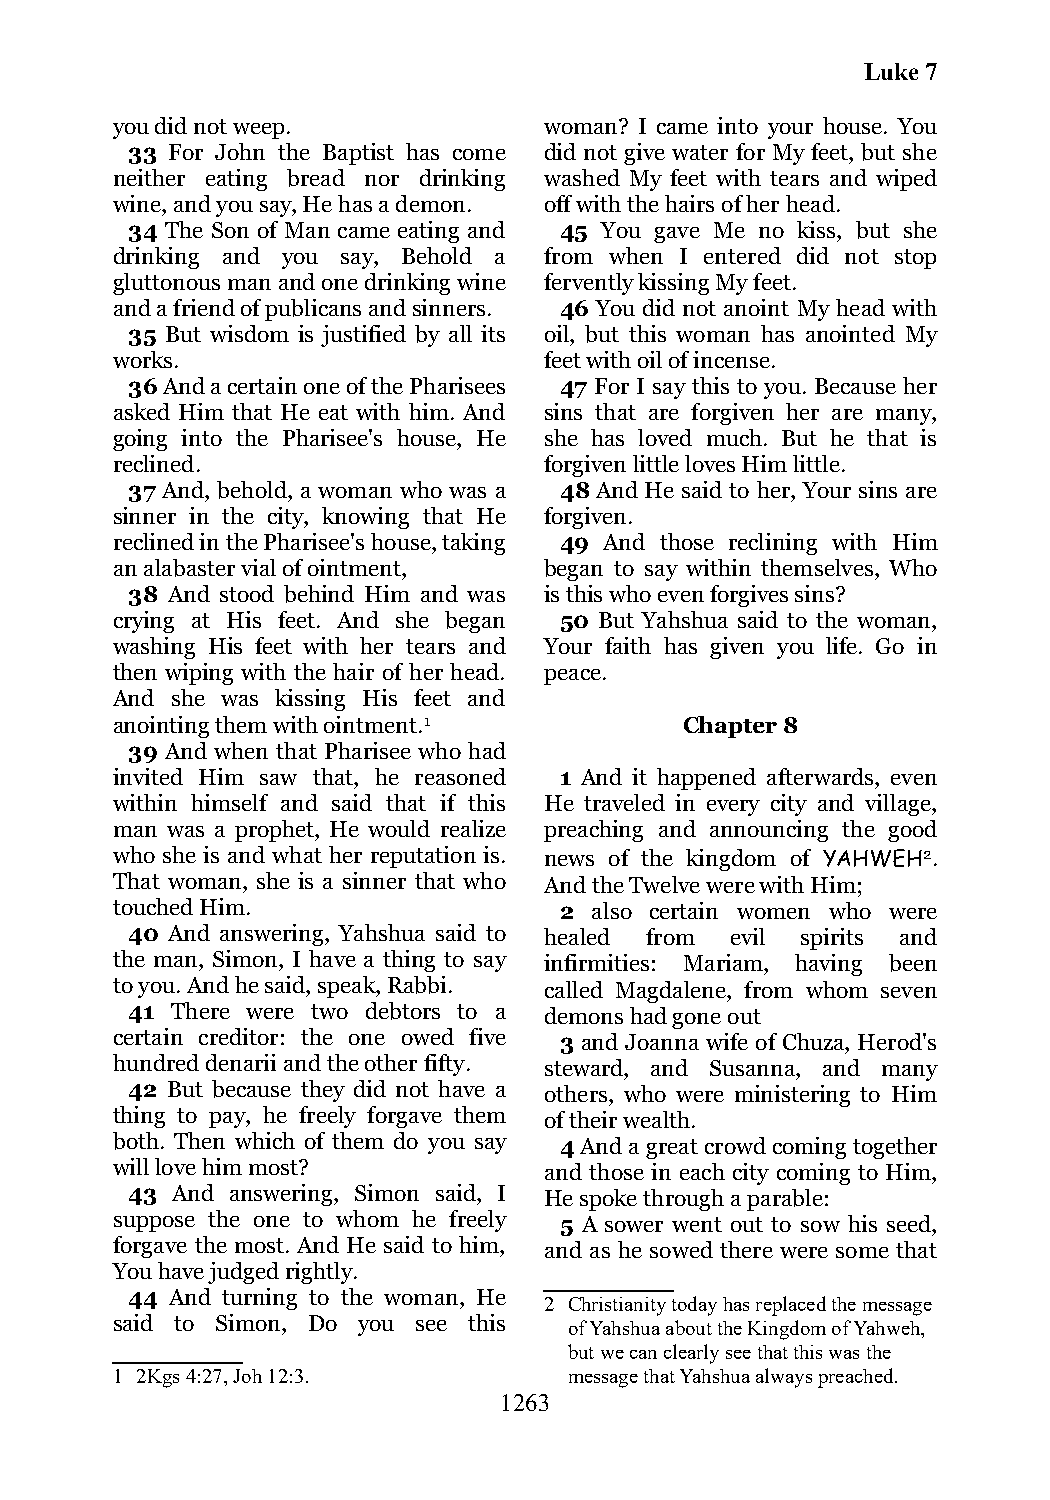
Luke 7
 you did not weep.            woman? I came into your house. You
 33 For John the Baptist has come did not give water for My feet, but she
 neither eating bread nor drinking washed My feet with tears and wiped
 wine, and you say, He has a demon. off with the hairs of her head.
 34 The Son of Man came eating and 45 You gave Me no kiss, but she
 drinking and you say, Behold a from when I entered did not stop
 gluttonous man and one drinking wine fervently kissing My feet.
 and a friend of publicans and sinners. 46 You did not anoint My head with
 35 But wisdom is justified by all its oil, but this woman has anointed My
 works.                       feet with oil of incense.
 36 And a certain one of the Pharisees 47 For I say this to you. Because her
 asked Him that He eat with him. And sins that are forgiven her are many,
 going into the Pharisee's house, He she has loved much. But he that is
 reclined.                    forgiven little loves Him little.
 37 And, behold, a woman who was a 48 And He said to her, Your sins are
 sinner in the city, knowing that He forgiven.
 reclined in the Pharisee's house, taking 49 And those reclining with Him
 an alabaster vial of ointment, began to say within themselves, Who
 38 And stood behind Him and was is this who even forgives sins?
 crying at His feet. And she began 50 But Yahshua said to the woman,
 washing His feet with her tears and Your faith has given you life. Go in
 then wiping with the hair of her head. peace.
 And she was kissing His feet and
 anointing them with ointment.1        Chapter 8
 39 And when that Pharisee who had
 invited Him saw that, he reasoned 1 And it happened afterwards, even
 within himself and said that if this He traveled in every city and village,
 man was a prophet, He would realize preaching and announcing the good
 who she is and what her reputation is. news of the kingdom of YAHWEH2.
 That woman, she is a sinner that who And the Twelve were with Him;
 touched Him.                  2 also certain women who were
 40 And answering, Yahshua said to healed from evil spirits and
 the man, Simon, I have a thing to say infirmities: Mariam, having been
 to you. And he said, speak, Rabbi. called Magdalene, from whom seven
 41 There were two debtors to a demons had gone out
 certain creditor: the one owed five 3 and Joanna wife of Chuza, Herod's
 hundred denarii and the other fifty. steward, and Susanna, and many
 42 But because they did not have a others, who were ministering to Him
 thing to pay, he freely forgave them of their wealth.
 both. Then which of them do you say 4 And a great crowd coming together
 will love him most?          and those in each city coming to Him,
 43 And answering, Simon said, I He spoke through a parable:
 suppose the one to whom he freely 5 A sower went out to sow his seed,
 forgave the most. And He said to him, and as he sowed there were some that
 You have judged rightly.
 44 And turning to the woman, He
 2 Christianity today has replaced the message
 said to Simon, Do you see this of Yahshua about the Kingdom of Yahweh,
 but we can clearly see that this was the
 1 2Kgs 4:27, Joh 12:3.         message that Yahshua always preached.
 1263